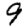
Digit: 9